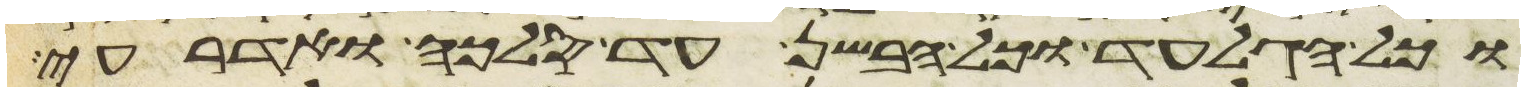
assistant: וכל הגלעד וכל הבשן עד סלכה ואדרעי